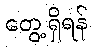
တွေ့ရှိရန်